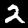
Digit: 2